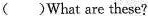
( )What are these?